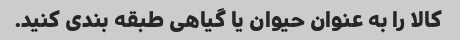
کالا را به عنوان حیوان یا گیاهی طبقه بندی کنید.